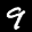
Label: 9